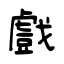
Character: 戲